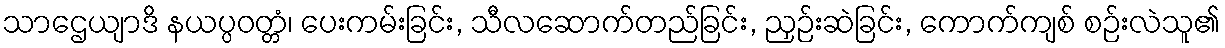
သာဌေယျာဒိ နယပ္ပဝတ္တံ၊ ပေးကမ်းခြင်း, သီလဆောက်တည်ခြင်း, ညှဉ်းဆဲခြင်း, ကောက်ကျစ် စဉ်းလဲသူ၏